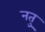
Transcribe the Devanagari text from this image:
नतु